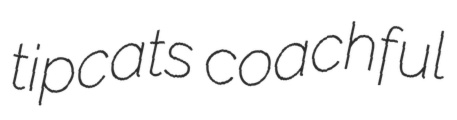
tipcats coachful